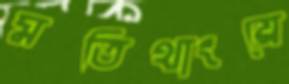
মতিথাংয়ে